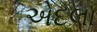
એદલા